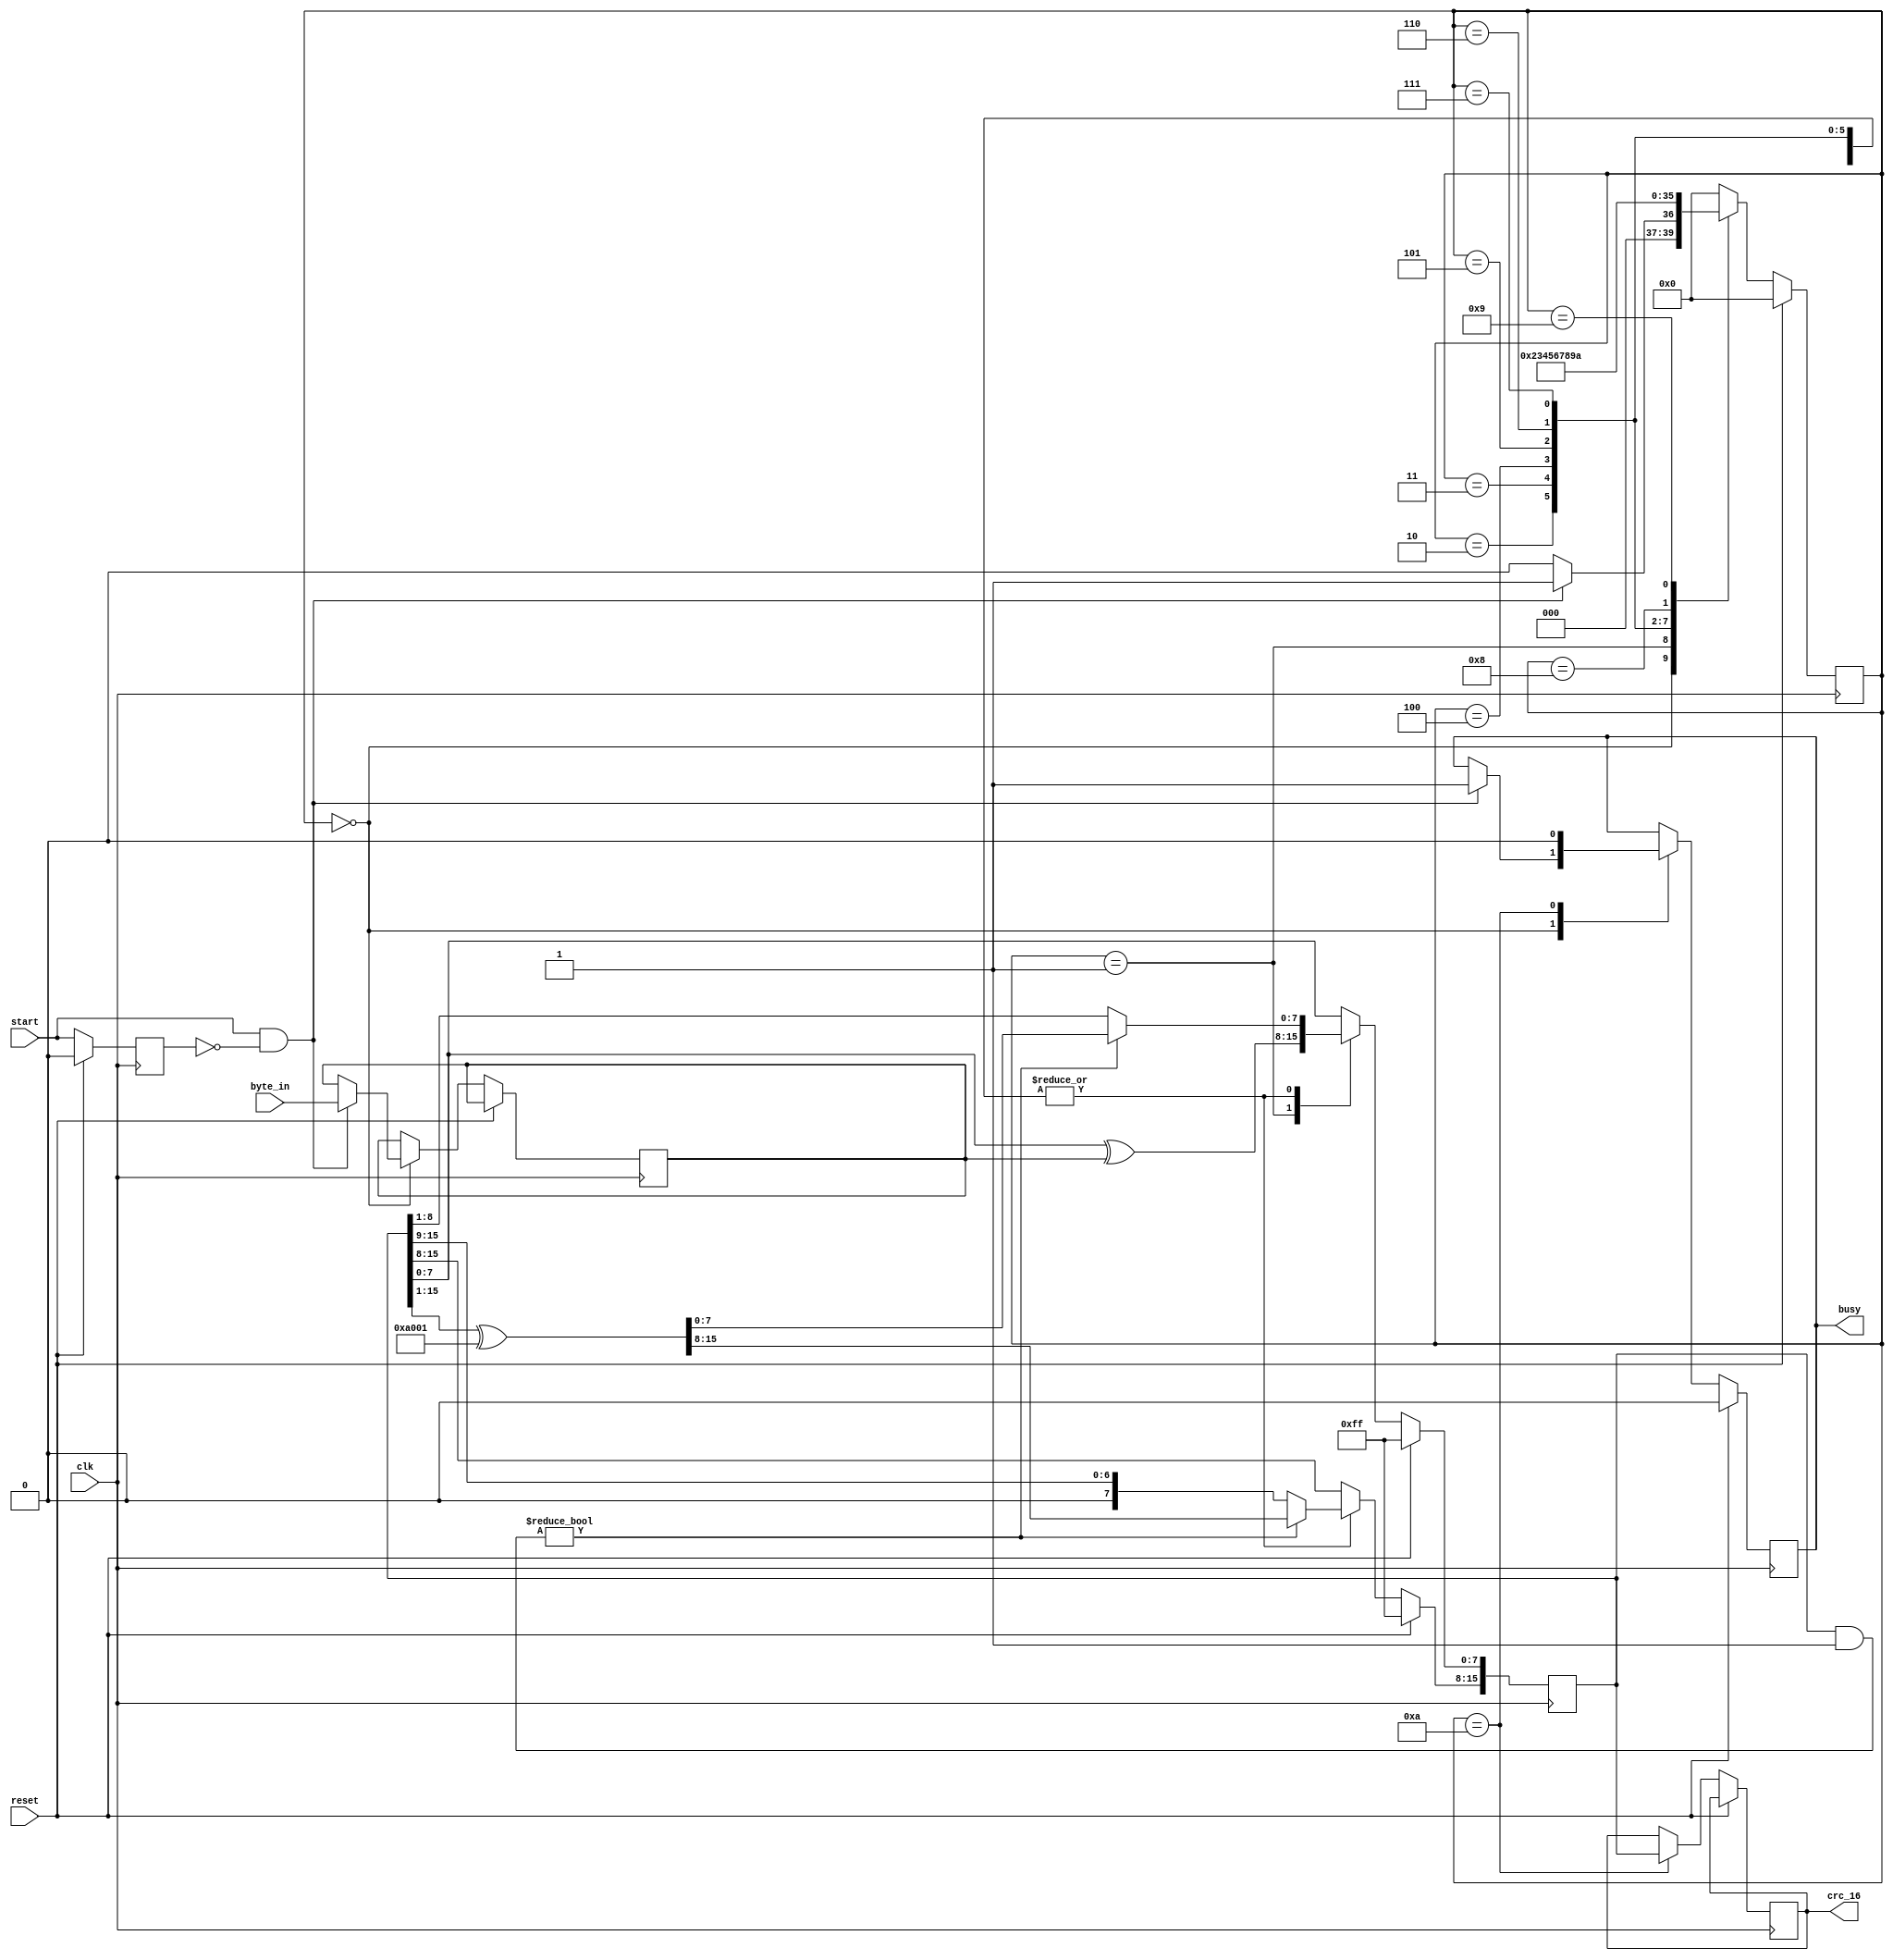
module crc_16_rtu (
				   	  input 	     clk,
				   	  input 	     start,
				   	  input [7:0] byte_in,
				   	  input       reset,
				   	  						     output reg [15:0] crc_16,
				   	  						     output reg        busy
																						  );

localparam [15:0] polinom          = 16'hA001;

localparam [3:0]  IDLE             =  4'b0000;
localparam [3:0]  STAGE_0   	   =  4'b0001;
localparam [3:0]  STAGE_1          =  4'b0010;
localparam [3:0]  STAGE_2          =  4'b0011;
localparam [3:0]  STAGE_3          =  4'b0100;
localparam [3:0]  STAGE_4          =  4'b0101;
localparam [3:0]  STAGE_5          =  4'b0110;
localparam [3:0]  STAGE_6          =  4'b0111;
localparam [3:0]  STAGE_7          =  4'b1000;
localparam [3:0]  STAGE_8          =  4'b1001;
localparam [3:0]  STAGE_9          =  4'b1010;

	   reg [3:0]  state            =  4'b0000;

	   reg [15:0] crc              = 16'hFFFF;
	   reg [7:0]  byte_buff        =  8'h00;
	   reg        previous_strb    =  1'b0;

initial begin
	crc_16 = 16'h0000;
	busy   =  1'b0;
end

always @(posedge clk) begin
	if(reset) begin
		crc <= 16'hFFFF;
		previous_strb <= 1'b0;
		state <= 4'b0000;
		busy <= 1'b0;
	end
	else begin
		previous_strb <= start;

		case(state)

			IDLE: begin
				if(start && !previous_strb) begin
					state <= STAGE_0;
					byte_buff <= byte_in;
					busy <= 1'b1;
				end
				else begin
					state <= IDLE;
				end
			end

			STAGE_0: begin
				crc[7:0] <= crc[7:0] ^ byte_buff[7:0];

				state <= STAGE_1;
			end

			STAGE_1: begin
				if(crc & 16'h0001)
					crc <= (crc >> 16'h0001) ^ polinom;
				else
					crc <= crc >> 16'h0001;

				state <= STAGE_2;
			end

			STAGE_2: begin
				if(crc & 16'h0001)
					crc <= (crc >> 16'h0001) ^ polinom;
				else
					crc <= crc >> 16'h0001;

				state <= STAGE_3;
			end

			STAGE_3: begin
				if(crc & 16'h0001)
					crc <= (crc >> 16'h0001) ^ polinom;
				else
					crc <= crc >> 16'h0001;

				state <= STAGE_4;
			end

			STAGE_4: begin
				if(crc & 16'h0001)
					crc <= (crc >> 16'h0001) ^ polinom;
				else
					crc <= crc >> 16'h0001;

				state <= STAGE_5;
			end

			STAGE_5: begin
				if(crc & 16'h0001)
					crc <= (crc >> 16'h0001) ^ polinom;
				else
					crc <= crc >> 16'h0001;

				state <= STAGE_6;
			end

			STAGE_6: begin
				if(crc & 16'h0001)
					crc <= (crc >> 16'h0001) ^ polinom;
				else
					crc <= crc >> 16'h0001;

				state <= STAGE_7;
			end

			STAGE_7: begin
				if(crc & 16'h0001)
					crc <= (crc >> 16'h0001) ^ polinom;
				else
					crc <= crc >> 16'h0001;

				state <= STAGE_8;
			end

			STAGE_8: begin
				if(crc & 16'h0001)
					crc <= (crc >> 16'h0001) ^ polinom;
				else
					crc <= crc >> 16'h0001;

				state <= STAGE_9;
			end

			STAGE_9: begin
				crc_16 <= crc;
				busy <= 1'b0;

				state <= IDLE;
			end
			
			default begin
				state <= IDLE;
			end
			
		endcase
	end
end

endmodule